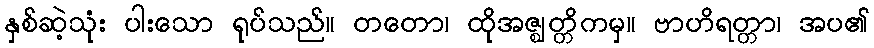
နှစ်ဆဲ့သုံး ပါးသော ရုပ်သည်။ တတော၊ ထိုအဇ္ဈတ္တိကမှ။ ဗာဟိရတ္တာ၊ အပ၏